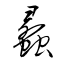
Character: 蠡